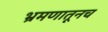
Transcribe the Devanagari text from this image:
भ्रमणातूनच